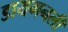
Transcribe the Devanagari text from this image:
डायगनली